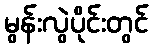
မွန်းလွဲပိုင်းတွင်